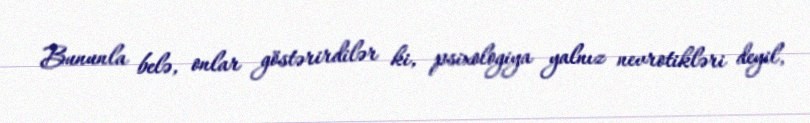
Bununla belə, onlar göstərirdilər ki, psixologiya yalnız nevrotikləri deyil,